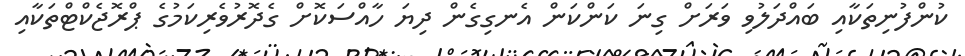
ކުންފުނިތަކާއި ބައްދަލުވި ވަރަށް ގިނަ ކަންކަން އެނގިގެން ދިޔަ ހާއްސަކޮށް ގެދޮރުވެރިކަމުގެ ޕްރޮޖެކްޓްތަކާއި